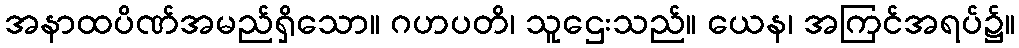
အနာထပိဏ်အမည်ရှိသော။ ဂဟပတိ၊ သူဌေးသည်။ ယေန၊ အကြင်အရပ်၌။